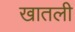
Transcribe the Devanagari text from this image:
खातली